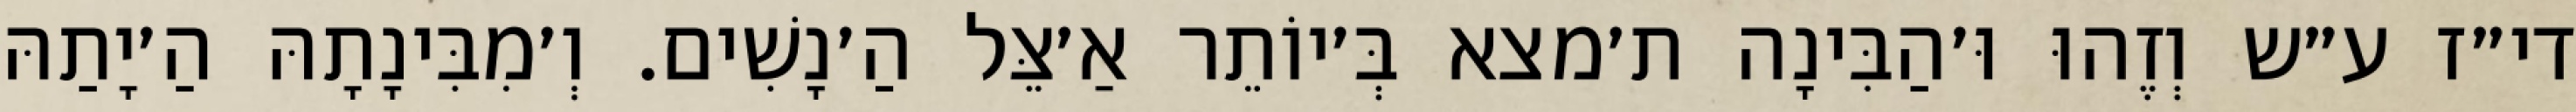
די״ז ע״ש וְזֶהוּ וּ׳הַבִּינָה ת׳מצא בְּ׳יוֹתֵר אַ׳צֵּל הַ׳נָשִׁים. וְ׳מִבִּינָתָהּ הַ׳יָתַהּ